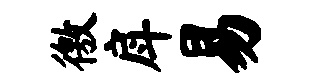
徼戽易